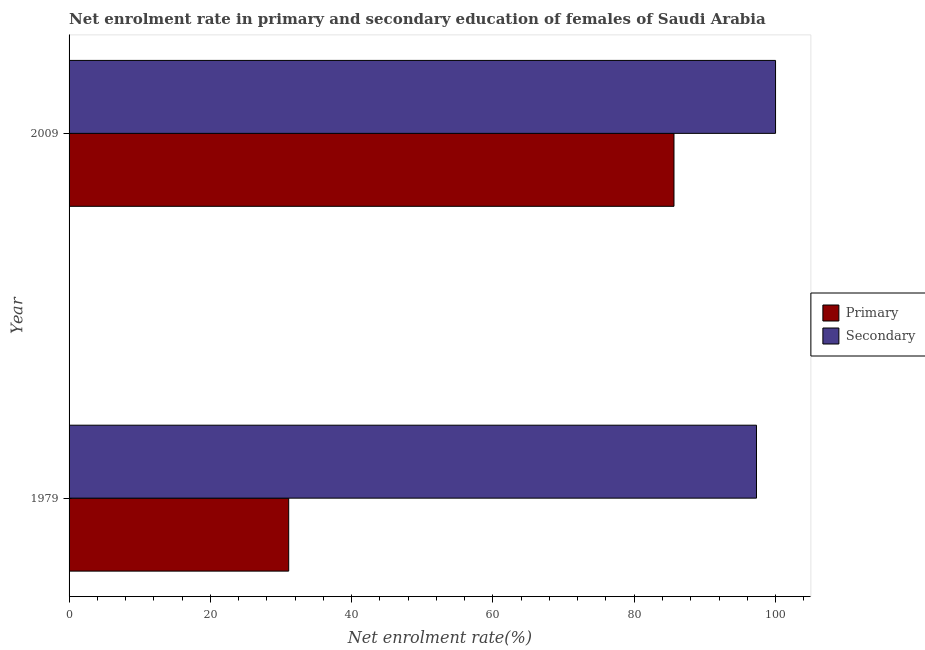
| Year | Primary | Secondary |
 | --- | --- | --- |
 | 1979 | 31.1 | 97.3 |
 | 2009 | 85.6 | 100 |